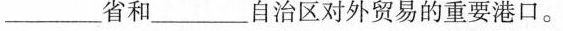
______省和______自治区对外贸易的重要港口。